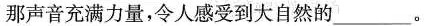
那声音充满力量，令人感受到大自然的___。